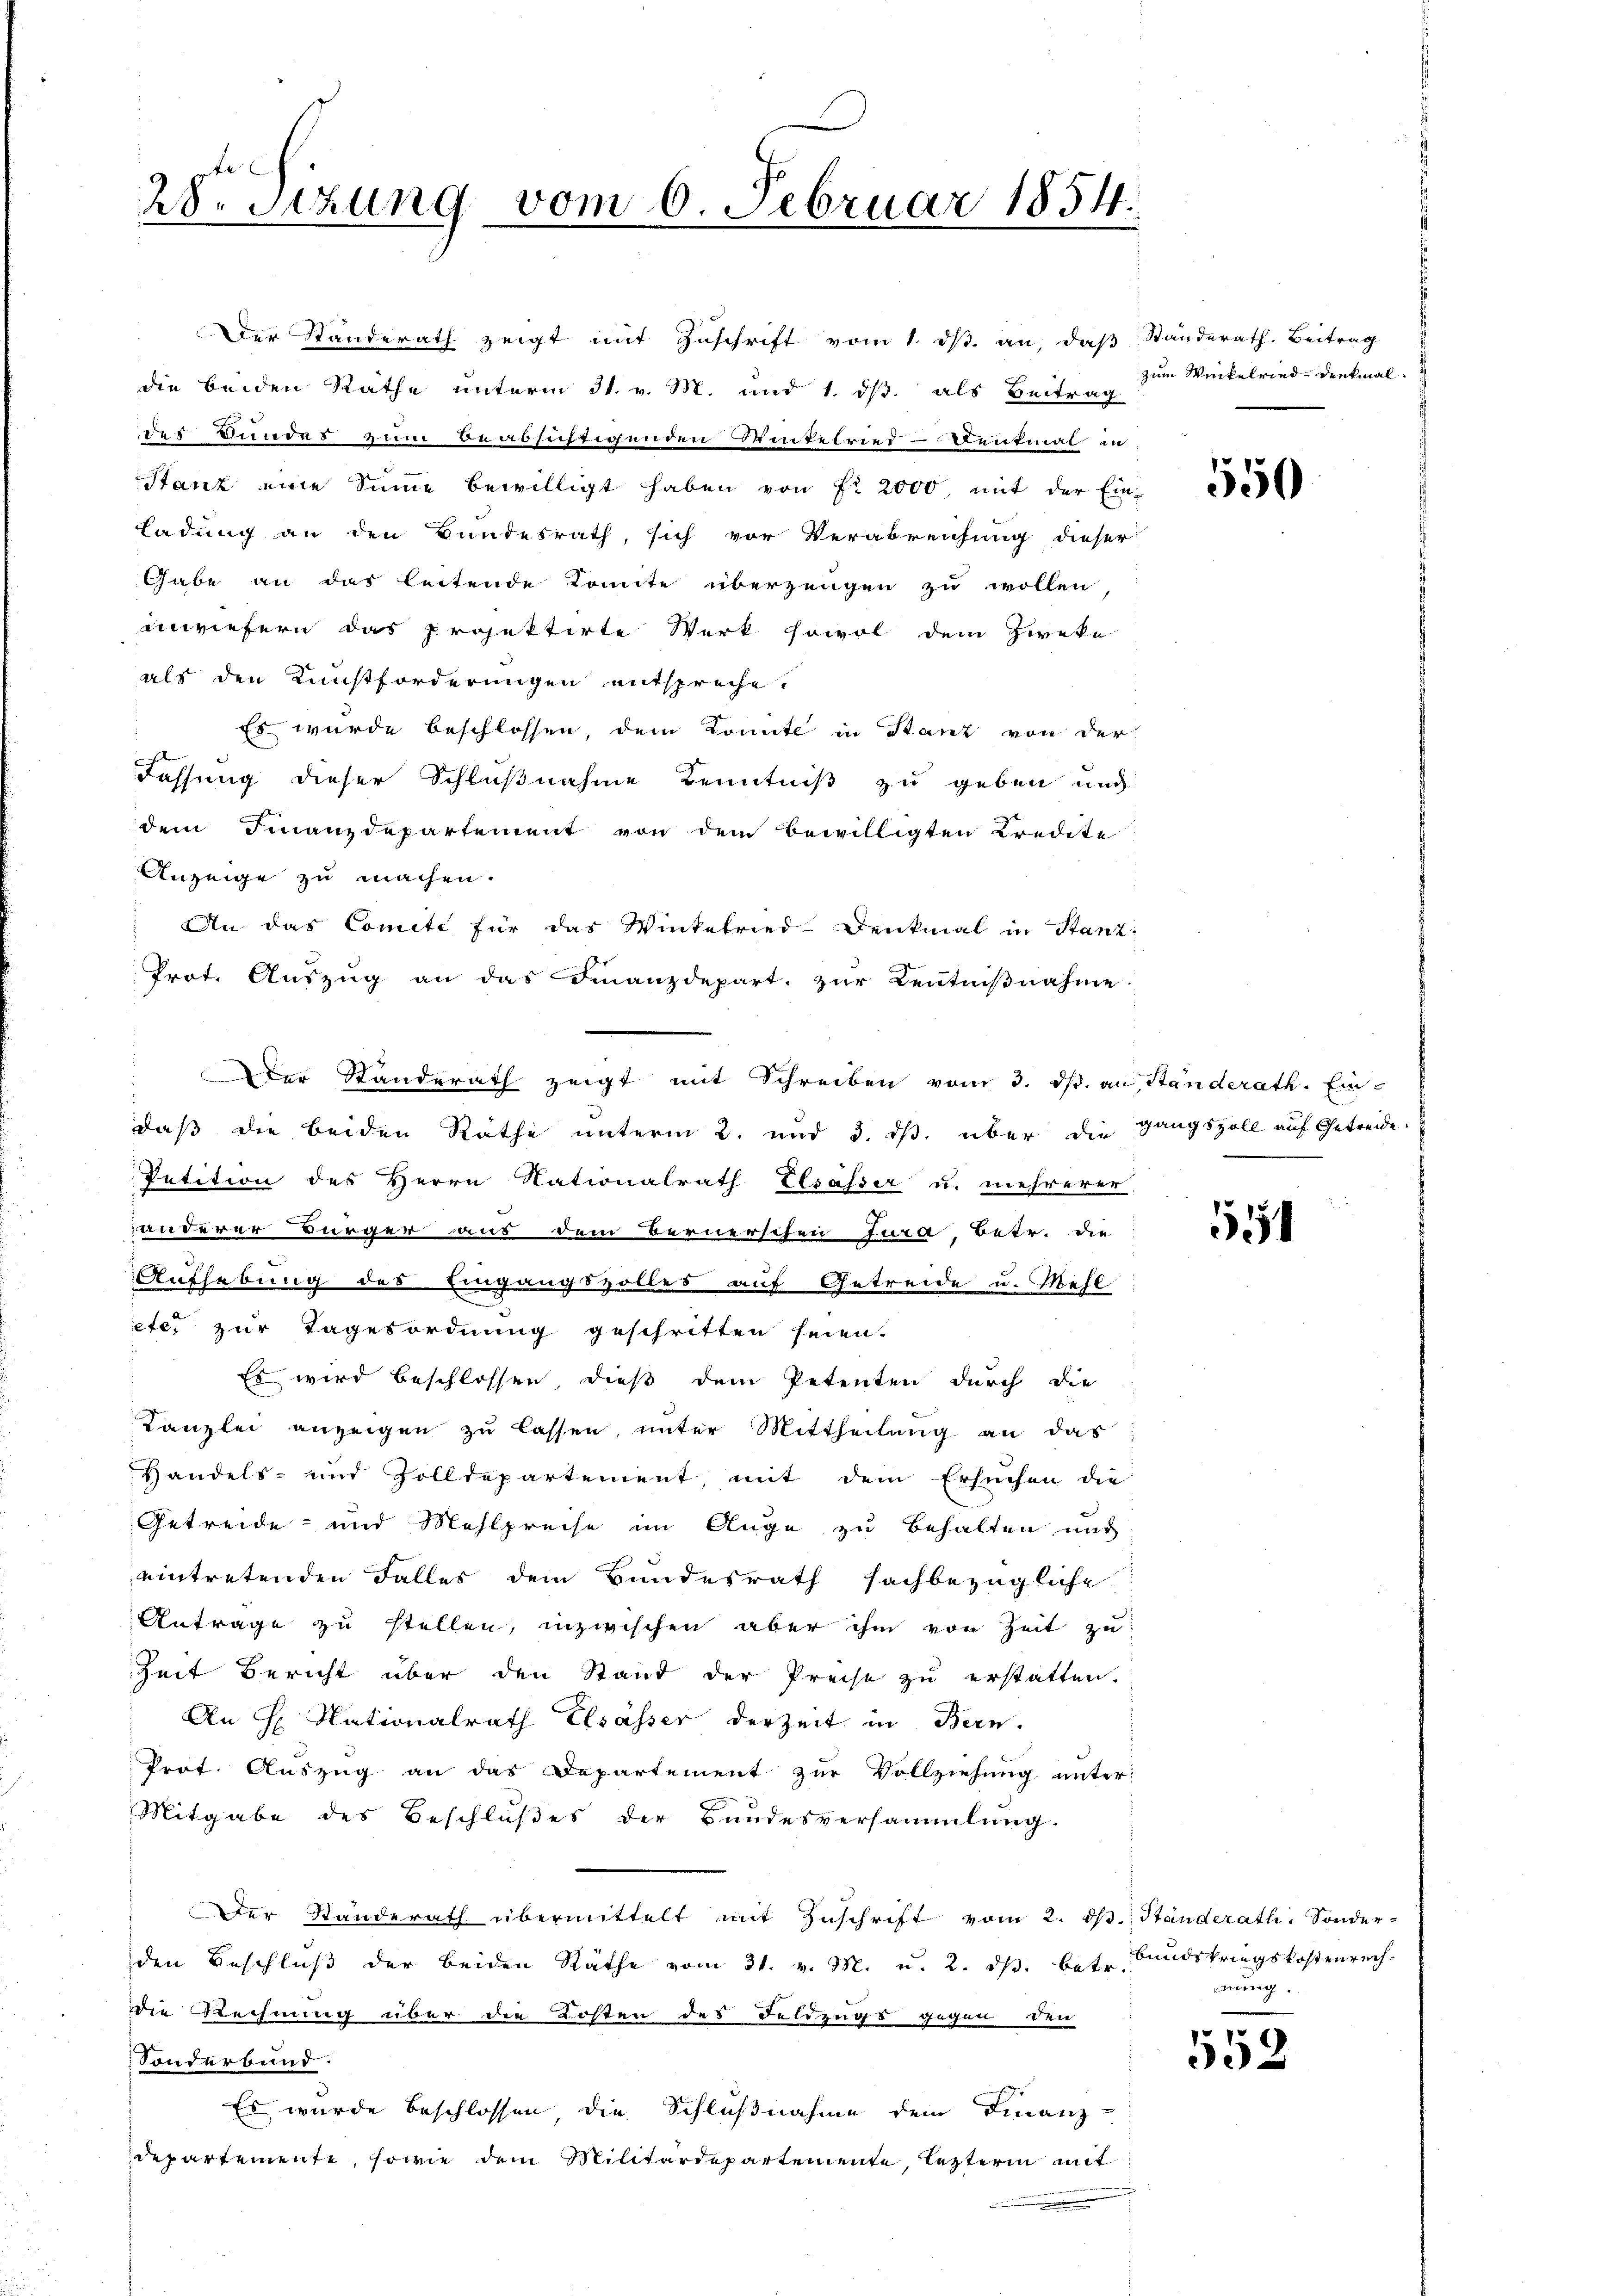
28. Setzung vom 6. Februar 1854.

Der Standerath zeigt mit Zuschrift vom 1. ds. an, daß Standerath. Beitrag
die beiden Rathe unterm 31. v. M. und 1. ds. als Beitrag
der Bundes zum beabsuffigenden Weitetries - Leitmal in
Stanz eine Sinne bewilligt haben von fr 2000 mit der Ein-
ladung an den Bundesrath, sich vor Verabreichung dieser
Gabe an das leitende Komite überzeugen zu wollen
inviefern das Projektirte Werk sowol dem Zweke
als den Kunstforderungen entspreche.
Es wurde beschlossen, dem Konnte in Stanz von der
Fassung dieser Schlußnahme Kenntniß zu geben und
dem Finanzdepartement von dem Bewilligten Kredite
Anzeige zu machen.
An das Comite für das Winkelried-Denkmal in Stanz
Prot. Aŭszŭg an das Finanzdepart. zŭr Kenntniβnahme
Der Standerath zeigt mit Schreiben vom 3. ds. an Standerath. Ein-
daß die beiden Rathe unterm 2. und 3. ds. über die gangszoll auf Getreide
Petition des Herrn Nationalrath Elsasser u. mehrerer
anderer Bürger aus dem Bernerschen Jura, Betr. die
Aufhebung des Eingangszolles auf Getreide u. Mehl
etc. zur Tagesordnung geschritten seien.
Es wird beschlossen, dieß dem Petenten durch die
Kanzlei anzeigen zu lassen, unter Mittheilung an das
Handels- und Zolldepartement, mit dem Ersuchen die
Getreide- und Mehlpreise im Auge zu behalten und
eintretenden Falles dem Bundesrath sachbezügliche
Antrage zu stellen, inzwischen aber ihm von Zeit zu
Zeit Bericht über den Stand der Preise zu erstatten.
An H. Nationalrath Elsässer der Zeit in Bern.
Prot. Auszug an das Departement zur Vollziehung unter:
Mitgabe des Beschlußes der Bundesversammlung.
Der Standerath übermittelt mit Zŭschrift vom 2. dβ. Ständerath. Sonder-
den Beschluß der beiden Räthe vom 31. v. M. u. 2. ds. betr. Bundskriegskostenrech-
die Rechnung über die Kosten des Feldzugs gegen den
Sonderbund.
Es wurde beschlossen, die Schlußnahme dem Finanz-
departemente, sowie dem Militärdepartemente, letzteren mit

zum Wickelried denkmal

550

1

ung.

7
02